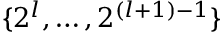
\{ 2 ^ { l } , \dots , 2 ^ { ( l + 1 ) - 1 } \}